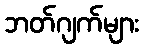
ဘတ်ဂျက်များ